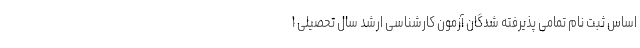
اساس ثبت نام تمامی پذیرفته شدگان آزمون کارشناسی ارشد سال تحصیلی ۱